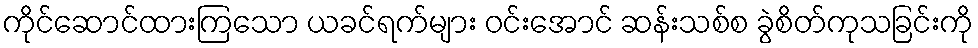
ကိုင်ဆောင်ထားကြသော ယခင်ရက်များ ဝင်းအောင် ဆန်းသစ်စ ခွဲစိတ်ကုသခြင်းကို